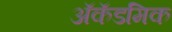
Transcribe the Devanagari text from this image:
अॅकॅडमिक